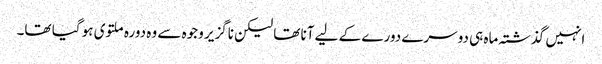
انہیں گذشتہ ماہ ہی دوسرے دورے کے لیے آنا تھا لیکن ناگزیر وجوہ سے وہ دورہ ملتوی ہو گیا تھا۔